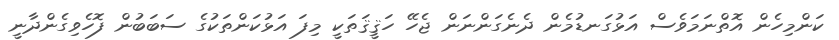
ކަންމިހެން އޮތްނަމަވެސް އަޅުގަނޑުމެން ދެނެގަންނަން ޖެހޭ ހަޤީޤަތަކީ މިފަ އަޅުކަންތަކުގެ ސަބަބުން ފޮހެވިގެންދާނީ